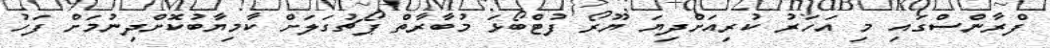
ފްރާންސްގައި މި އަހަރު ކުރިއަށްދިޔަ ޔޫރޯ ފުޓްބޯޅަ މުބާރާތް ޕޯޗުގަލަށް ކާމިޔާބުކޮށްދިނުމަށް ފަހު